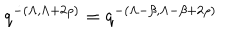
LaTeX: q ^ { - ( \Lambda , \Lambda + 2 \rho ) } = q ^ { - ( \Lambda - \beta , \Lambda - \beta + 2 \rho ) }